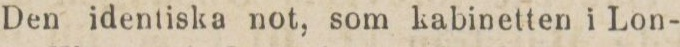
Den identiska not, som kabinetten i Lon-